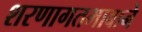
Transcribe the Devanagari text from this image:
शरणागतभावाने